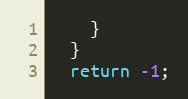
Language: C++
    }
  }
  return -1;